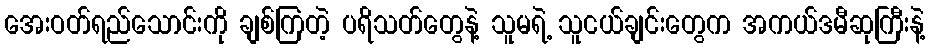
အေးဝတ်ရည်သောင်းကို ချစ်ကြတဲ့ ပရိသတ်တွေနဲ့ သူမရဲ့ သူငယ်ချင်းတွေက အကယ်ဒမီဆုကြီးနဲ့